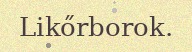
Likőrborok.